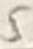
Text: 5